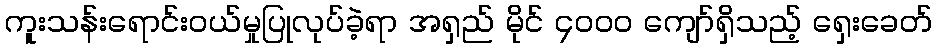
ကူးသန်းရောင်းဝယ်မှုပြုလုပ်ခဲ့ရာ အရှည် မိုင် ၄၀၀၀ ကျော်ရှိသည့် ရှေးခေတ်